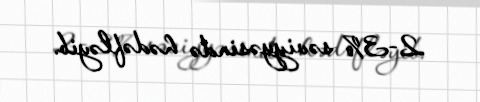
2-3% səviyyəsində hədəfləyib.